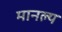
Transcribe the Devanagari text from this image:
मानल्य